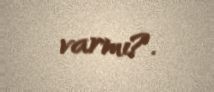
varmı?.